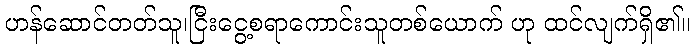
ဟန်ဆောင်တတ်သူ၊ငြီးငွေ့စရာကောင်းသူတစ်ယောက် ဟု ထင်လျက်ရှိ၏။